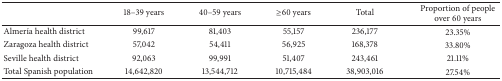
<table><thead><tr><td><b> </b></td><td><b>18–39 years</b></td><td><b>40–59 years</b></td><td><b>≥60 years</b></td><td><b>Total</b></td><td><b>Proportion of people over 60 years</b></td></tr></thead><tbody><tr><td>Almería health district</td><td>99,617</td><td>81,403</td><td>55,157</td><td>236,177</td><td>23.35%</td></tr><tr><td>Zaragoza health district</td><td>57,042</td><td>54,411</td><td>56,925</td><td>168,378</td><td>33.80%</td></tr><tr><td>Seville health district</td><td>92,063</td><td>99,991</td><td>51,407</td><td>243,461</td><td>21.11%</td></tr><tr><td>Total Spanish population</td><td>14,642,820</td><td>13,544,712</td><td>10,715,484</td><td>38,903,016</td><td>27.54%</td></tr></tbody></table>